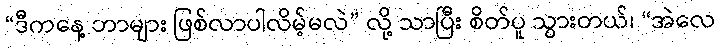
“ဒီကနေ့ ဘာများ ဖြစ်လာပါလိမ့်မလဲ” လို့ သာပြီး စိတ်ပူ သွားတယ်၊ “အဲလေ